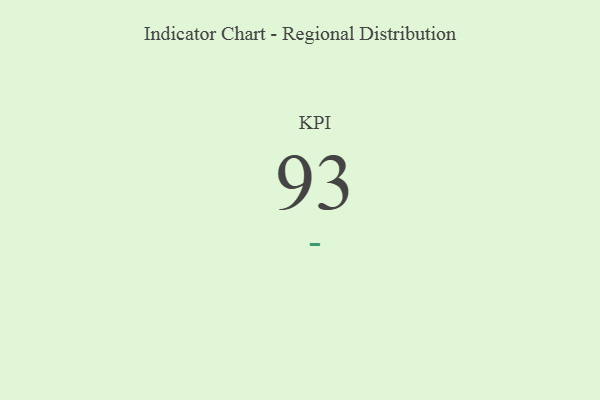
{"axis": {"x": "KPI", "y": "Value"}, "legend": [""], "data": [{"x": "KPI", "y": 93, "type": ""}]}